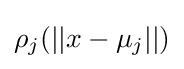
\rho _{j}(||x-\mu _{j}||)